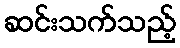
ဆင်းသက်သည့်